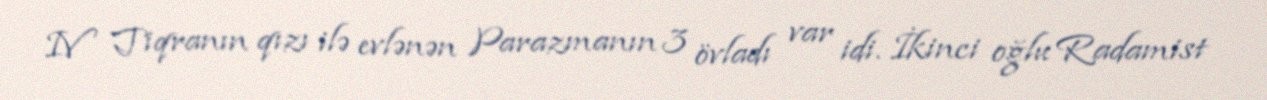
IV Tiqranın qızı ilə evlənən Parazmanın 3 övladı var idi. İkinci oğlu Radamist